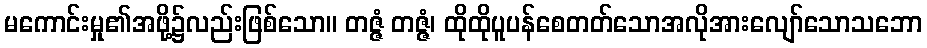
မကောင်းမှု၏အဖို့၌လည်းဖြစ်သော။ တဇ္ဇံ တဇ္ဇံ၊ ထိုထိုပူပန်စေတတ်သောအလိုအားလျော်သောသဘော